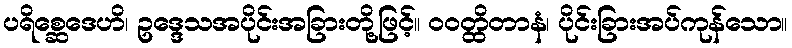
ပရိစ္ဆေဒေဟိ၊ ဥဒ္ဒေသအပိုင်းအခြားတို့ဖြင့်။ ဝဝတ္ထိတာနံ၊ ပိုင်းခြားအပ်ကုန်သော။